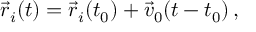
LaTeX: \vec { r } _ { i } ( t ) = \vec { r } _ { i } ( t _ { 0 } ) + \vec { v } _ { 0 } ( t - t _ { 0 } ) \, ,